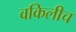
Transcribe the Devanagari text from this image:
वकिलीच